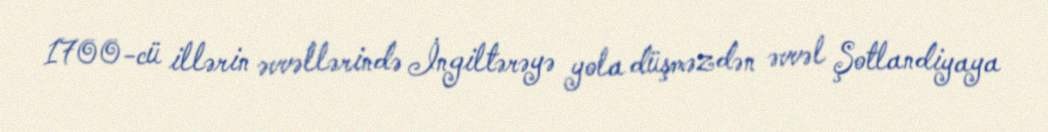
1700-cü illərin əvvəllərində İngiltərəyə yola düşməzdən əvvəl Şotlandiyaya